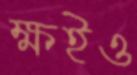
ক্ষইও